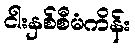
ငါးနှစ်စီမံကိန်း